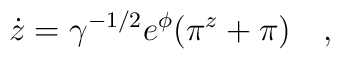
\dot{z}=\gamma^{-1/2}e^{\phi}(\pi^{z}+\pi) ~~~,